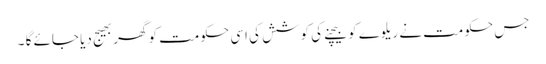
جس حکومت نے ریلوے کو بیچنے کی کوشش کی اسی حکومت کو گھر بھیج دیا جائے گا ۔